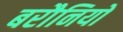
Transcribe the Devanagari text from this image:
बरौनियों